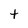
Character: t